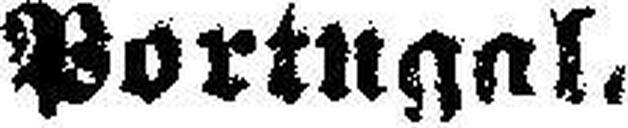
Portugal.